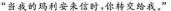
“当我的玛利安来信时，你转交给我。”